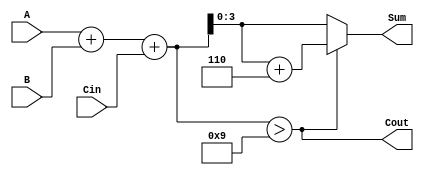
module BCD_Adder (
    input  wire [3:0] A,    // First BCD digit
    input  wire [3:0] B,    // Second BCD digit
    input  wire Cin,         // Carry-in
    output wire [3:0] Sum,   // BCD Sum
    output wire Cout         // Carry-out
);

    wire [4:0] binary_sum;   // 5-bit to accommodate carry
    wire [4:0] corrected_sum; // 5-bit for potential correction

    // Step 1: Perform binary addition
    assign binary_sum = A + B + Cin;

    // Step 2: Check if correction is needed (if sum > 9)
    assign Cout = binary_sum > 9; // Set carry-out if the sum is greater than 9

    // Step 3: Apply correction logic if needed
    assign corrected_sum = (Cout) ? (binary_sum + 5'd6) : binary_sum; // Add 6 if greater than 9

    // Step 4: Assign final sum (only the lower 4 bits)
    assign Sum = corrected_sum[3:0];

endmodule